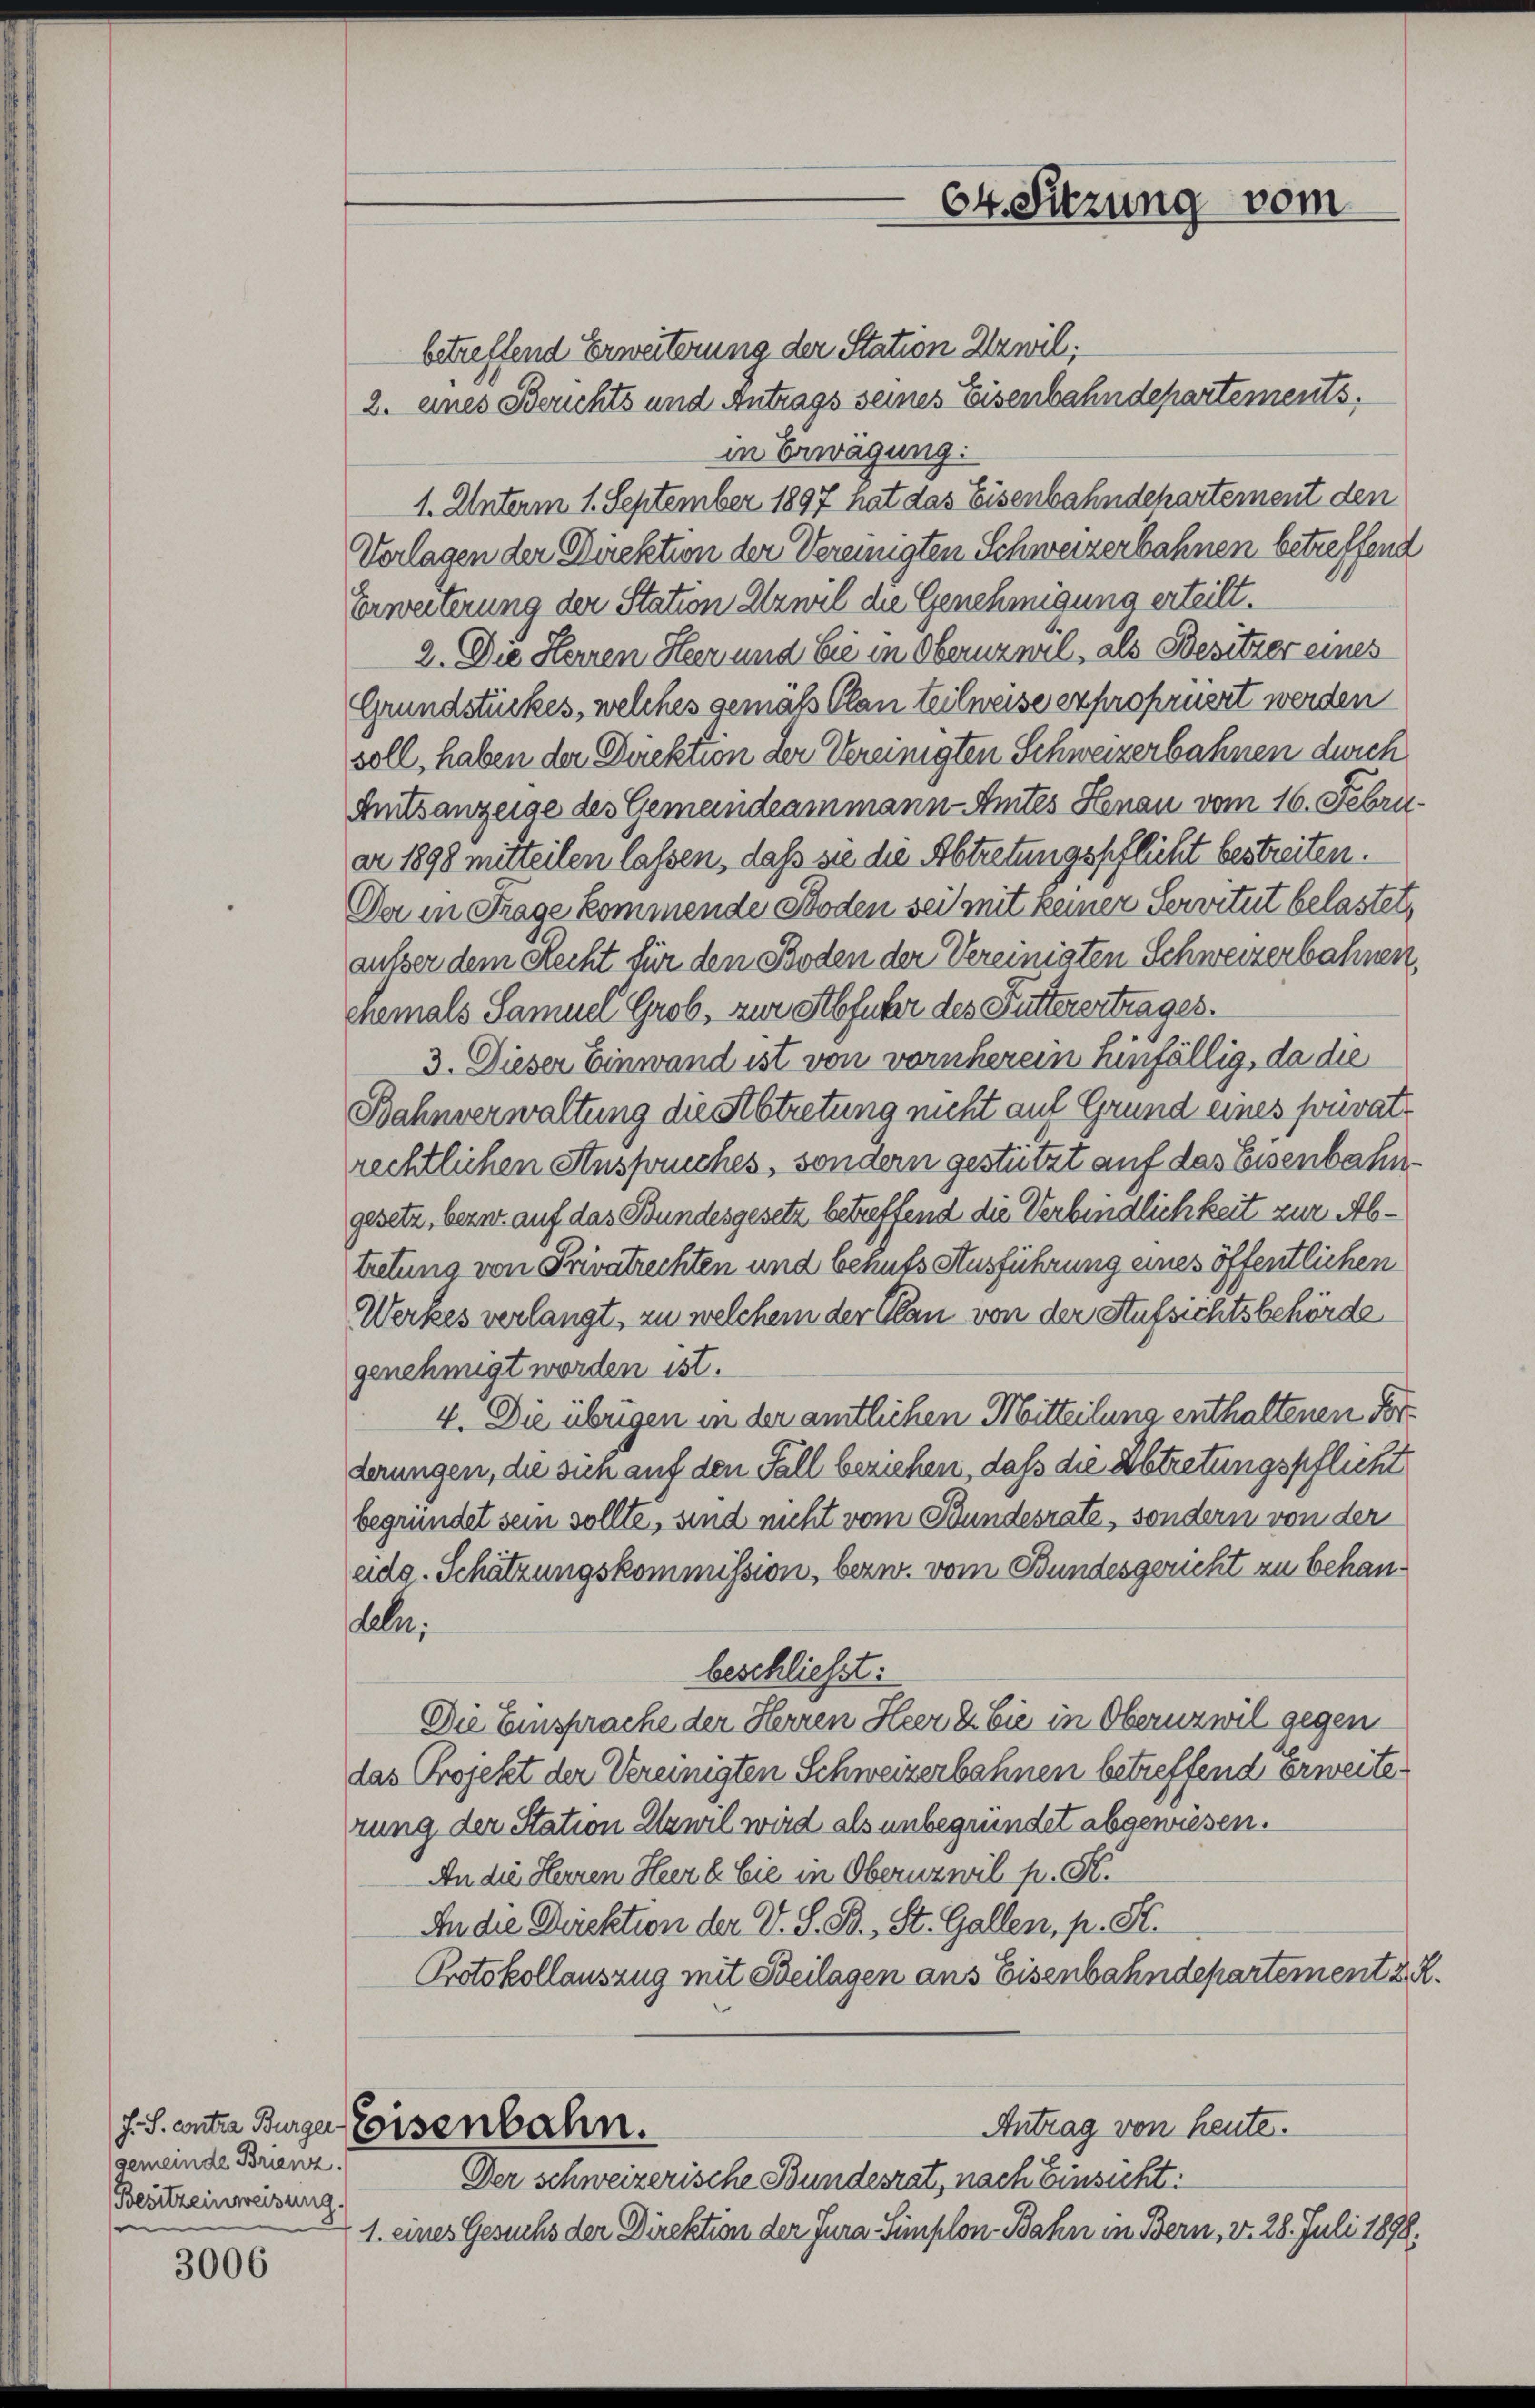
gemeinde Brienz.
Besitzeinweisung.
e

3006

betreffend Erweiterung der Station erwil;
2. eines Berichts und Antrags seines Eisenbahndepartements,
in Erwägung.
1. Unterm 1. September 1897 hat das Eisenbahndepartement den
Vorlagen der Direktion der Vereinigten Schweizerbahnen betreffend
Erweiterung der Station Uzwil die Genehmigung erteilt.
2. Die Herren Heer und Cie in Obernzmil, als Besitzer eines
Grundstückes, welches gemäß Plan teilweise expropriiert werden
soll, haben der Direktion der Vereinigten Schweizerbahnen durch
Amtsanzeige des Gemeindeammann-Amtes Genau vom 16. Febru
ar 1898 mitteilen lassen, daß sie die Abtretungspflicht bestreiten.
Da in Frage kommende Stoden sei mit keiner Servitut belastet,
ausser dem Recht für den Boden der Vereinigten Schweizerbahnen,
enemals Samuel Grob, zur Abfuhr des Futterertrages.
3. Dieser Einwand ist von vornherein hinfällig, da die
Bahnverwaltung die Abtretung nicht auf Grund eines privat
rechtlichen Anspruches, sondern gestützt auf das Eisenbahngesetz, bern auf das Bundesgesetz betreffend die Verbindlichkeit zur Abtretung von Privatrechten und behuts Ausführung eines öffentlichen
Werkes verlangt, zu welchem der Plan von der Aufsichtsbehörde
genehmigt worden ist.
4. Die übrigen in der amtlichen Mitteilung enthaltenen Forderungen, die sich auf den Fall beziehen, daß die Abtretungspflicht
begründet sein sollte, sind nicht vom Bundesrate, sondern von der
adg. Schätzungskommission, bezw. vom Bundesgericht zu behandeln.
beschließt:
Die Einsprache der Herren Heer & Cie in Obernz wil gegen
das Projekt der Vereinigten Schweizerbahnen betreffend Erweiterung der Station Erwil wird als unbegründet abgewiesen.
An die Herren Heer & Cie in Obernzwil p. St.
An die Direktion der V. S. B., St. Gallen, p. St.
Protokollauszug mit Beilagen aus Eisenbahndepartement 2.
Antrag von heute.
J. S. contra Burger Eisenbahn.
Der schweizerische Bundesrat, nach Einsicht:
1. eines Gesuchs der Direktion der Jura Simplon Bahn in Bern, d. 28. Juli 1898.

64. Sitzung vom